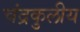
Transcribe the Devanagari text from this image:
चंद्रकुलीय